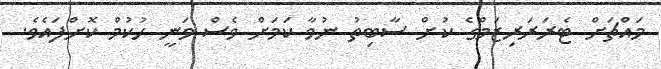
މައްޗަށް ޓެރަރަރިޒަމްގެ ކުށް ސާބިތު ނުވާ ކަމަށް ވެސް ވަނީ ހުކުމް ކޮށްފައެވެ.